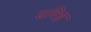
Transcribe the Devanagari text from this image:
स्रविष्ठ